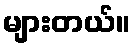
များတယ်။